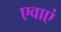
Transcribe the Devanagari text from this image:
एवाएं